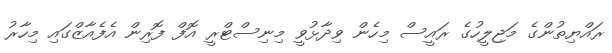
ރައްޔިތުންގެ މަޖިލީހުގެ ރައީސް މިހެން ވިދާޅުވީ މިނިސްޓްރީ އޮފް ފޮރިން އެފެއާޒްގައި މިހާރު